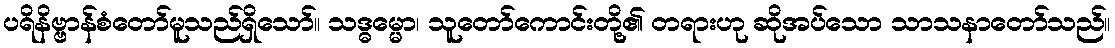
ပရိနိဗ္ဗာန်စံတော်မူသည်ရှိသော်။ သဒ္ဓမ္မော၊ သူတော်ကောင်းတို့၏ တရားဟု ဆိုအပ်သော သာသနာတော်သည်။